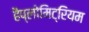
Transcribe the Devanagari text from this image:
हैप्लोमिट्रियम